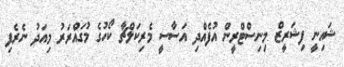
ޝައިނީ ފިޝަރީޒް މިނިސްޓްރީން އުފެއްދި އަސާސީ މެރިކަލްޗާ ކޯހުގެ މުގައްރަރު މިއަދު ނެރެފި